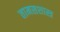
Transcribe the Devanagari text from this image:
तामसशास्त्र